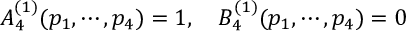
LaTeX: A _ { 4 } ^ { ( 1 ) } ( p _ { 1 } , \cdots , p _ { 4 } ) = 1 , \quad B _ { 4 } ^ { ( 1 ) } ( p _ { 1 } , \cdots , p _ { 4 } ) = 0